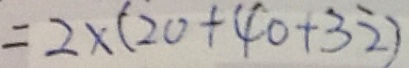
= 2 \times ( 2 0 + 4 0 + 3 2 )